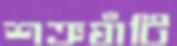
শত্রুঘাঁটি